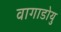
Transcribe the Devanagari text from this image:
वागाडोयु